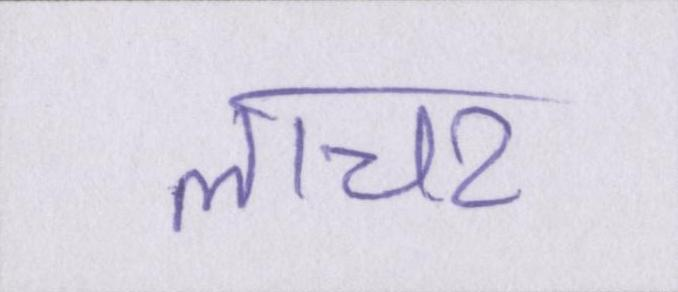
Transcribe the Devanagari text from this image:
लाचर